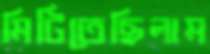
মিটিতেছিলাম